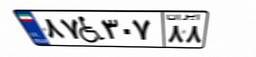
۸۷W۳۰۷۸۸